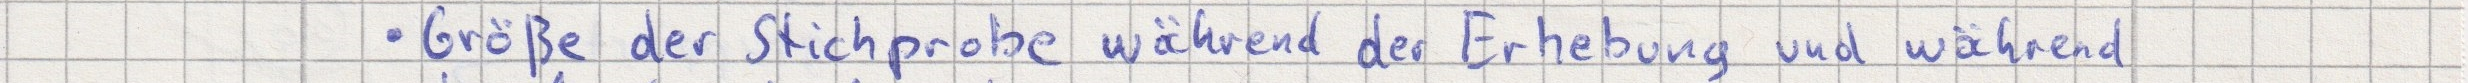
- Größe der Stichprobe während der Erhebung und während